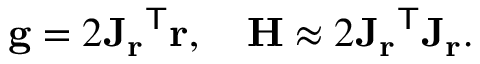
\mathbf { g } = 2 { \mathbf { J } _ { \mathbf { r } } } ^ { \mathsf { T } } \mathbf { r } , \quad \mathbf { H } \approx 2 { \mathbf { J } _ { \mathbf { r } } } ^ { \mathsf { T } } \mathbf { J _ { r } } .